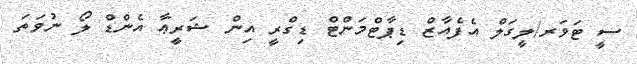
ސީ ޓަވަރ/ލީގަލް އެފެއާޒް ޑިޕާޓްމަންޓް ޑިގްރީ އިން ޝަރީޢާ އެންޑް ލޯ ނުވަތަ